画像に写った文字を読んでください
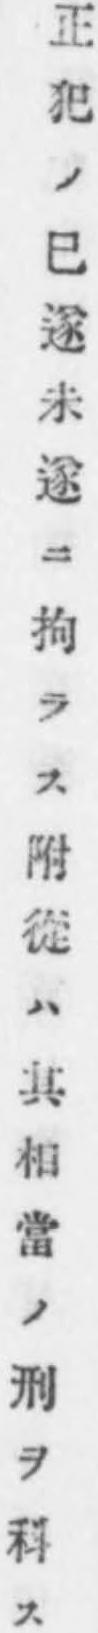
「正犯ノ巳遂未遂ニ拘ラス附從ハ其相當ノ刑ヲ科ス」と書いてあります